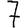
Digit: 7